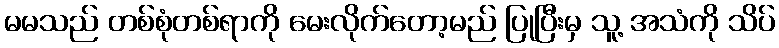
မမသည် တစ်စုံတစ်ရာကို မေးလိုက်တော့မည် ပြုပြီးမှ သူ့ အသံကို သိပ်